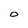
Character: O